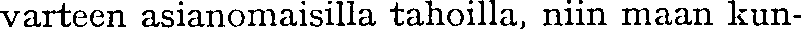
varteen asianomaisilla tahoilla, niin maan kun-